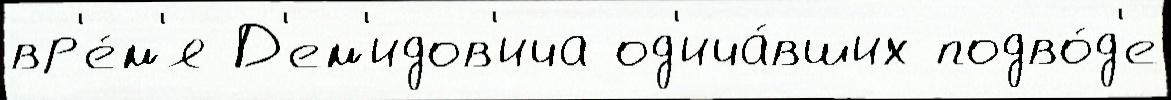
вр'е́м'я Д'ем'идов'ича од'ича́вших подво́д'е